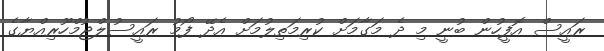
ރައީސް އޮފީހުން ބުނީ މި ދެ މަގާމަށް ކުރިމަތިލުމަށް އެދޭ ފޯމު ރައީސުލްޖުމްހޫރިއްޔާގެ